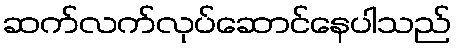
ဆက်လက်လုပ်ဆောင်နေပါသည်